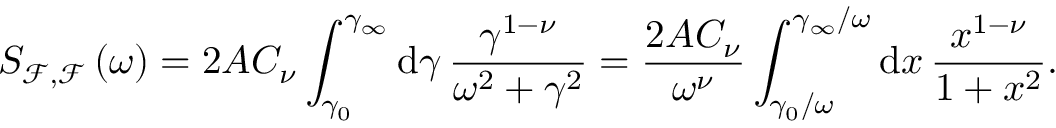
S _ { \mathcal { F } , \mathcal { F } } \left( \omega \right) = 2 A C _ { \nu } \int _ { \gamma _ { 0 } } ^ { \gamma _ { \infty } } \mathrm { d } \gamma \, \frac { \gamma ^ { 1 - \nu } } { \omega ^ { 2 } + \gamma ^ { 2 } } = \frac { 2 A C _ { \nu } } { \omega ^ { \nu } } \int _ { \gamma _ { 0 } / \omega } ^ { \gamma _ { \infty } / \omega } \mathrm { d } x \, \frac { x ^ { 1 - \nu } } { 1 + x ^ { 2 } } .